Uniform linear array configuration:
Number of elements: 16
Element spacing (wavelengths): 0.75
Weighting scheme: hann
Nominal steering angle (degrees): -15
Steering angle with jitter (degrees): -15.1
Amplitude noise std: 0.05
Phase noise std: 0.05

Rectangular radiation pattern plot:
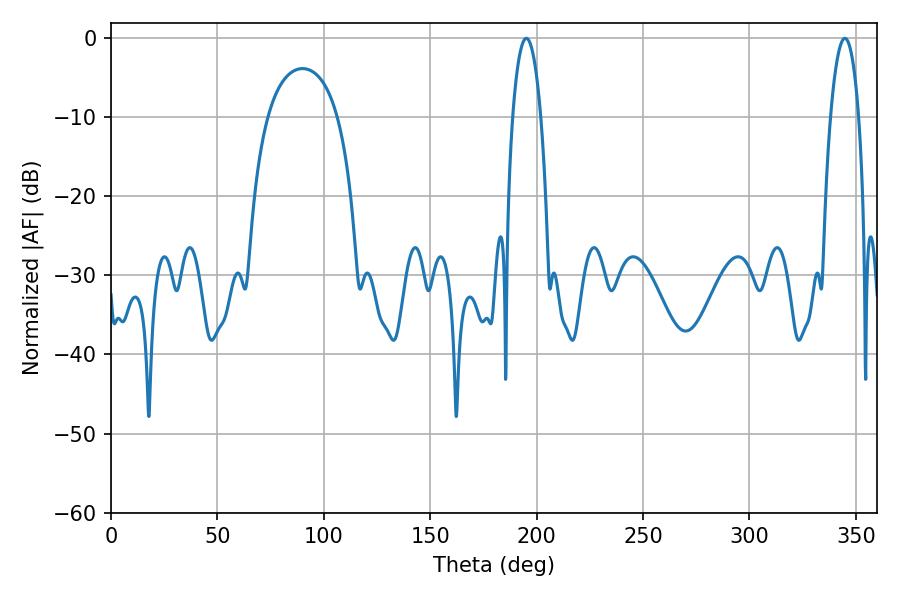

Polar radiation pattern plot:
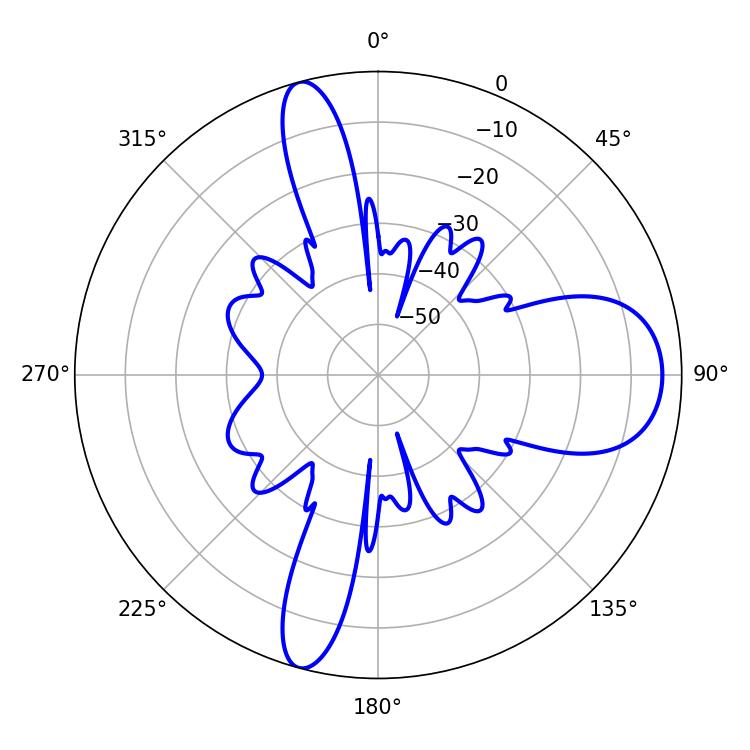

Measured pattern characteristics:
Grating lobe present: TRUE
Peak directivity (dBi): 12.933
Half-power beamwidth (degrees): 7.38
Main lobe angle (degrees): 195.12